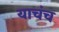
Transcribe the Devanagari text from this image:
याचंच